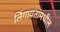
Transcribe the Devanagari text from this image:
लिंगायतांमधील